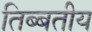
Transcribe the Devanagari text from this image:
तिब्बतीय